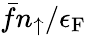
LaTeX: \bar{f}n_{\uparrow}/\epsilon_{\mathrm{F}}